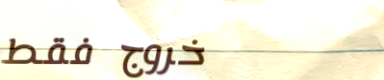
خروج فقط